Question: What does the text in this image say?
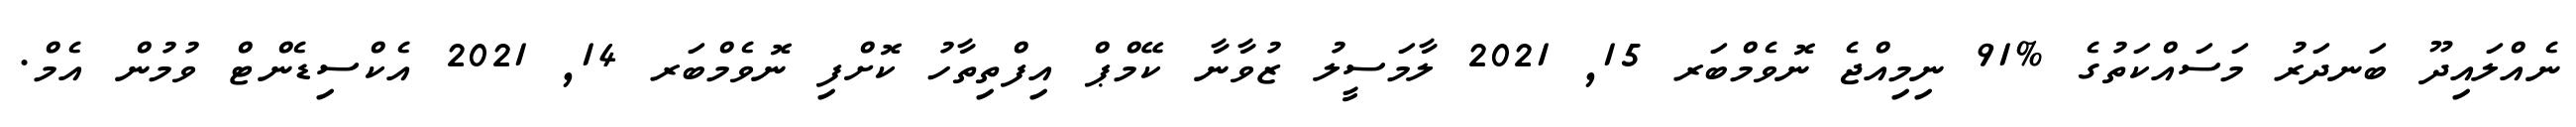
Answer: ނެއްލައިދޫ ބަނދަރު މަސައްކަތުގެ %91 ނިމިއްޖެ ނޮވެމްބަރ 15, 2021 ލާމަސީލު ޒުވާނާ ކޭމްޕް އިފްތިތާހު ކޮށްފި ނޮވެމްބަރ 14, 2021 އެކްސިޑެންޓް ވުމުން އެމް.